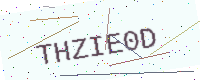
Text: THZIE0D